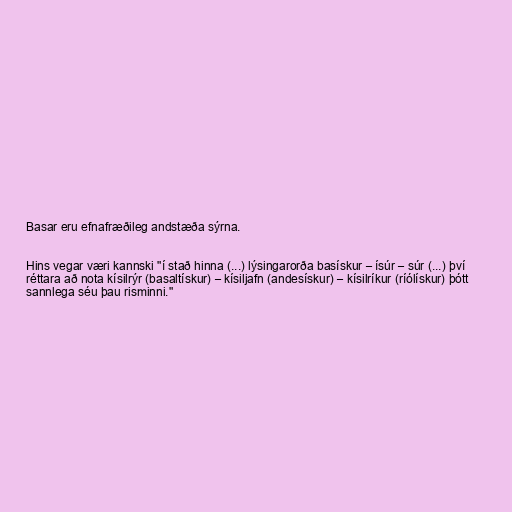
Basar eru efnafræðileg andstæða sýrna.

Hins vegar væri kannski "í stað hinna (...) lýsingarorða basískur – ísúr – súr (...) því
réttara að nota kísilrýr (basaltískur) – kísiljafn (andesískur) – kísilríkur (ríólískur) þótt
sannlega séu þau risminni."